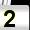
Digit: 2